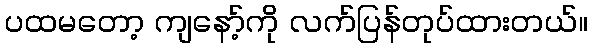
ပထမတော့ ကျနော့်ကို လက်ပြန်တုပ်ထားတယ်။